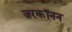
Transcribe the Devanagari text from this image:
ज़रकॉनन